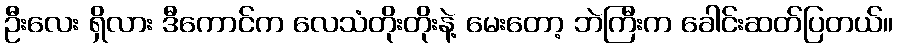
ဦးလေး ရှိလား ဒီကောင်က လေသံတိုးတိုးနဲ့ မေးတော့ ဘဲကြီးက ခေါင်းဆတ်ပြတယ်။